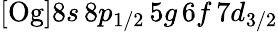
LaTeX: [\mathrm{Og}]8s\, 8p_{1/2}\, 5g\, 6f\, 7d_{3/2}